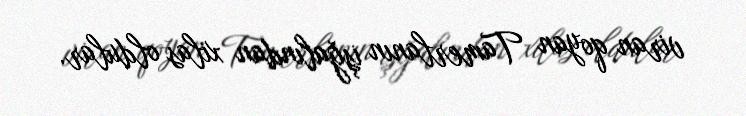
viran qoyan Tamerlanın işğalından xilas oldular.